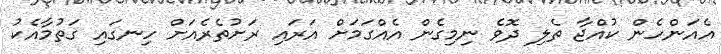
އެއަންހެން ކުއްޖާ ތެލި ދޮވެ ނިމިގެން އެއްގަމަށް އަރައި ރަށުތެރެއަށް ހިނގައި ގަތުމާއެކު